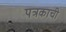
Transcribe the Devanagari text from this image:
पत्रकाची